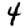
Digit: 4